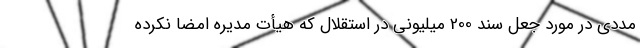
مددی در مورد جعل سند 200 میلیونی در استقلال که هیأت مدیره امضا نکرده